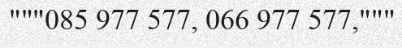
"""085 977 577, 066 977 577,"""